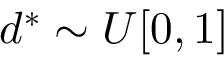
d ^ { * } \sim U [ 0 , 1 ]